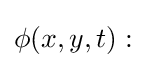
\phi (x,y,t):